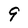
Character: 9